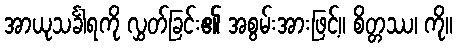
အာယုသင်္ခါရကို လွှတ်ခြင်း၏ အစွမ်းအားဖြင့်။ စိတ္တဿ၊ ကို။